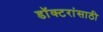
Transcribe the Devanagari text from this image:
डॉक्टरांसाठी